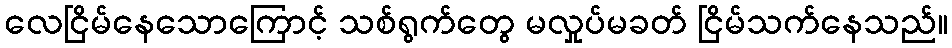
လေငြိမ်နေသောကြောင့် သစ်ရွက်တွေ မလှုပ်မခတ် ငြိမ်သက်နေသည်။